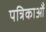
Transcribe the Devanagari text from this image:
पत्रिकाऑं